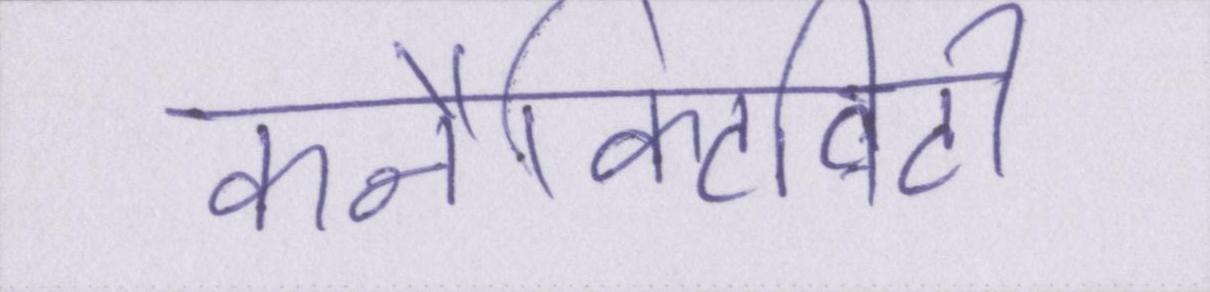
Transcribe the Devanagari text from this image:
कनैक्टिविटी